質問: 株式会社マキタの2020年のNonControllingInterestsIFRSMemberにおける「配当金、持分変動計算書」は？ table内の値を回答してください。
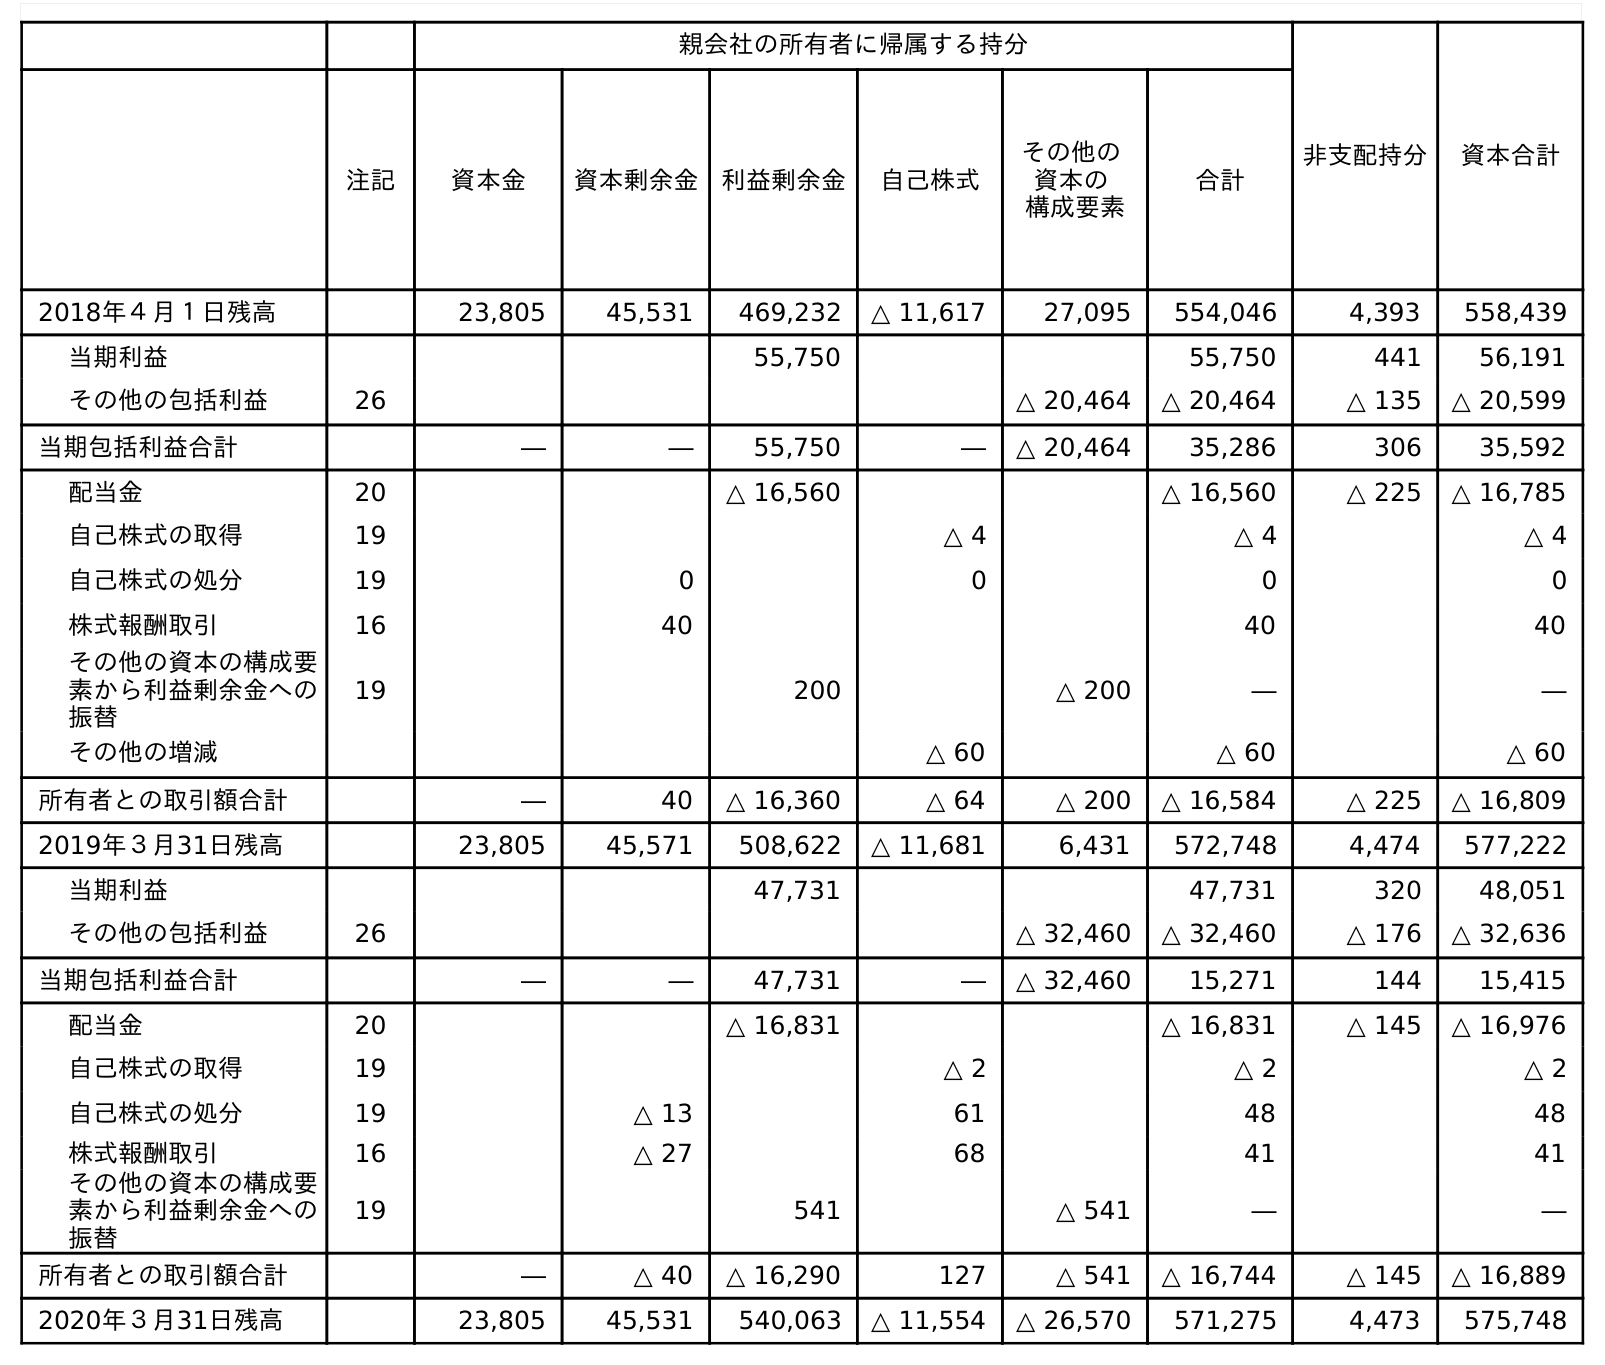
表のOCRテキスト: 親会社の所有者に帰属する持分 非支配持分 資本合計 注記 資本金 資本剰余金 利益剰余金 自己株式 その他の 資本の 構成要素 合計 2018年４月１日残高 23,805 45,531 469,232 △ 11,617 27,095 554,046 4,393 558,439 当期利益 55,750 55,750 441 56,191 その他の包括利益 26 △ 20,464 △ 20,464 △ 135 △ 20,599 当期包括利益合計 ― ― 55,750 ― △ 20,464 35,286 306 35,592 配当金 20 △ 16,560 △ 16,560 △ 225 △ 16,785 自己株式の取得 19 △ 4 △ 4 △ 4 自己株式の処分 19 0 0 0 0 株式報酬取引 16 40 40 40 その他の資本の構成要 素から利益剰余金への 振替 19 200 △ 200 ― ― その他の増減 △ 60 △ 60 △ 60 所有者との取引額合計 ― 40 △ 16,360 △ 64 △ 200 △ 16,584 △ 225 △ 16,809 2019年３月31日残高 23,805 45,571 508,622 △ 11,681 6,431 572,748 4,474 577,222 当期利益 47,731 47,731 320 48,051 その他の包括利益 26 △ 32,460 △ 32,460 △ 176 △ 32,636 当期包括利益合計 ― ― 47,731 ― △ 32,460 15,271 144 15,415 配当金 20 △ 16,831 △ 16,831 △ 145 △ 16,976 自己株式の取得 19 △ 2 △ 2 △ 2 自己株式の処分 19 △ 13 61 48 48 株式報酬取引 16 △ 27 68 41 41 その他の資本の構成要 素から利益剰余金への 振替 19 541 △ 541 ― ― 所有者との取引額合計 ― △ 40 △ 16,290 127 △ 541 △ 16,744 △ 145 △ 16,889 2020年３月31日残高 23,805 45,531 540,063 △ 11,554 △ 26,570 571,275 4,473 575,748
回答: △145